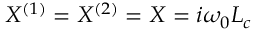
X ^ { ( 1 ) } = X ^ { ( 2 ) } = X = i \omega _ { 0 } L _ { c }